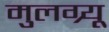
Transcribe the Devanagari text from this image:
मुलग्र्यू